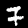
Label: 7